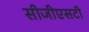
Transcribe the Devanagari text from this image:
सीजीएसटी